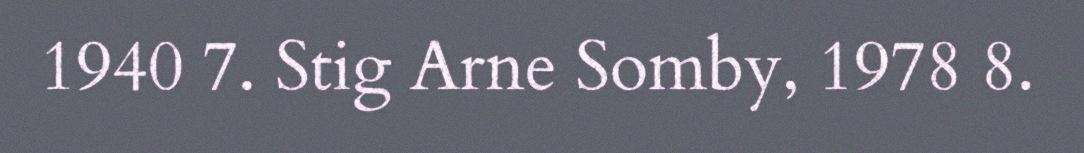
1940 7. Stig Arne Somby, 1978 8.